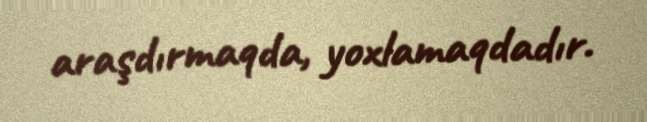
araşdırmaqda, yoxlamaqdadır.